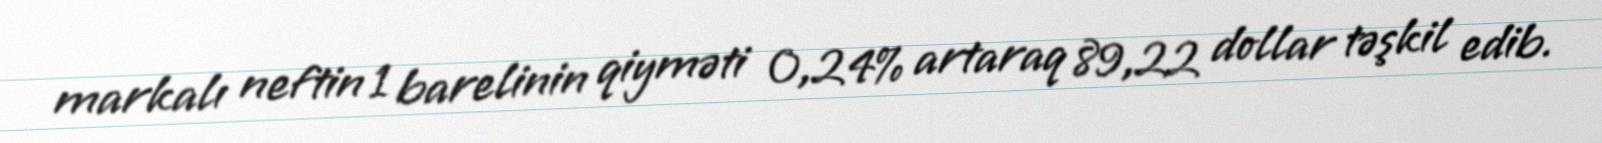
markalı neftin 1 barelinin qiyməti 0,24% artaraq 89,22 dollar təşkil edib.